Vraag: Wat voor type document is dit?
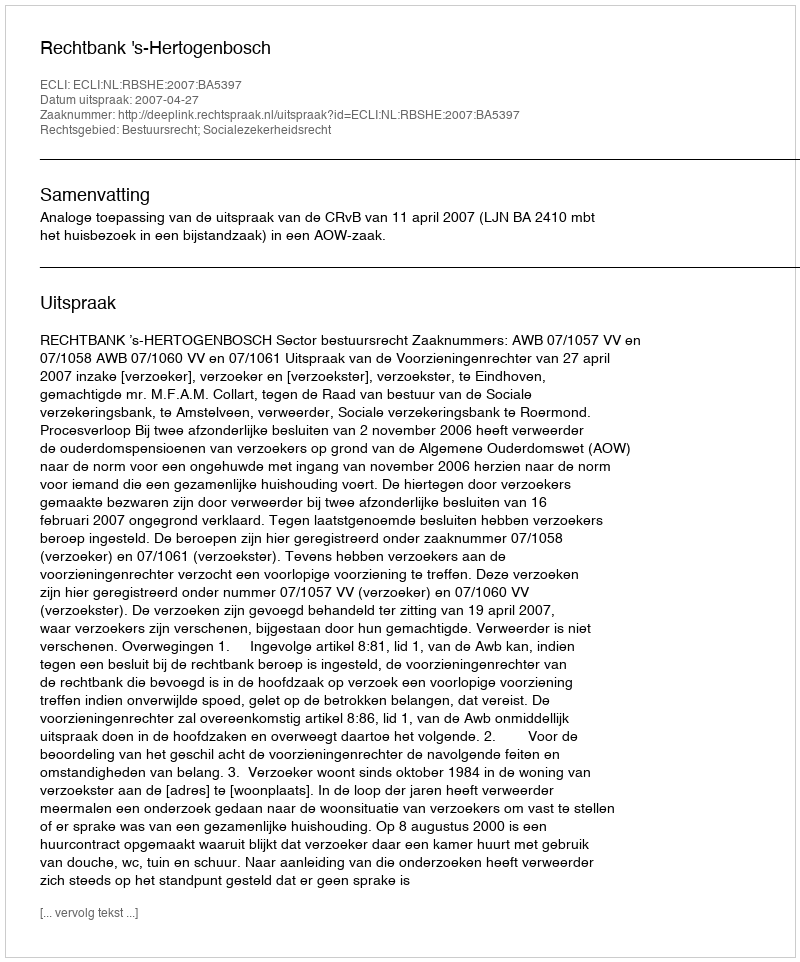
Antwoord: Uitspraak